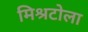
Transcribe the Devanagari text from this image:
मिश्रटोला